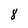
Character: 8